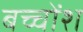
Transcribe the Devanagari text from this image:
बच्चोंश